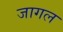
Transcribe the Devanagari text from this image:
जागल